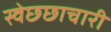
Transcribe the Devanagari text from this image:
स्वेछ्छाचारी